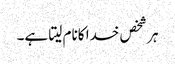
ہر شخص خدا کانام لیتا ہے۔